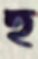
হু